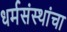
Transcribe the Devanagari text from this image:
धर्मसंस्थांचा